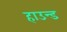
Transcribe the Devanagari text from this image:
हाउन्ड